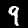
Digit: 9